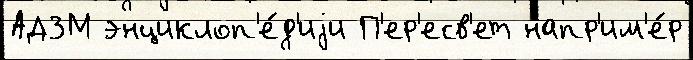
АДЗМ энциклоп'е́д'иjи П'ер'есв'ет напр'им'е́р